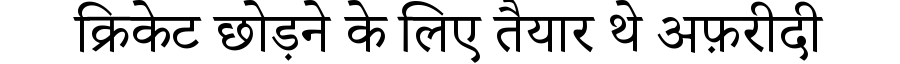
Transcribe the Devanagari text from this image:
क्रिकेट छोड़ने के लिए तैयार थे अफ़रीदी